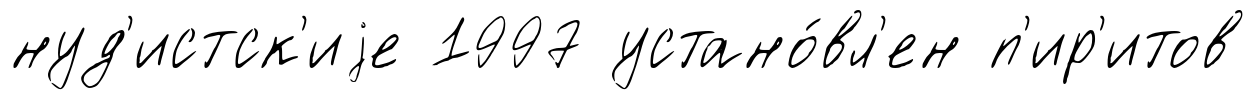
нуд'истск'иjе 1997 устано́вл'ен п'ир'итов